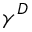
\gamma ^ { D }